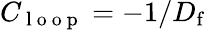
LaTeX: C_{\mathrm{~l~o~o~p~}}=-1/D_{\mathrm{f}}